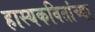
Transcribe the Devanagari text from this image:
हास्यकवितांच्या